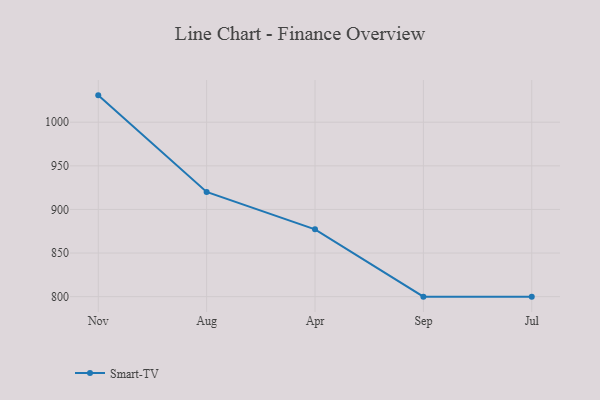
{"axis": {"x": "Month", "y": "Headcount"}, "legend": ["Smart-TV"], "data": [{"x": "Nov", "y": 1030.8, "type": "Smart-TV"}, {"x": "Aug", "y": 920.1, "type": "Smart-TV"}, {"x": "Apr", "y": 877.2, "type": "Smart-TV"}, {"x": "Sep", "y": 800, "type": "Smart-TV"}, {"x": "Jul", "y": 800, "type": "Smart-TV"}]}